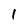
Character: 1